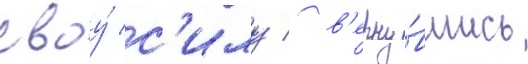
своу́ с'илу / в'ерну́вшись